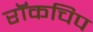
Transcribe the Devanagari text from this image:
रॉकचिप